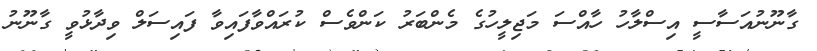
ގާނޫނުއަސާސީ އިސްލާހު ހާއްސަ މަޖިލީހުގެ މެންބަރު ކަންވެސް ކުރައްވާފައިވާ ފައިސަލް ވިދާޅުވީ ގާނޫނު